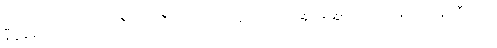
နီပွန်ဖေါင်ဒေးရှင်းနဲ့ ဒီကေဘီအေ ကလို့ထူးဘောအဖွဲ့၊ အဖွဲ့ရယ်၊ ကျနော်တို့ဝန်ကြီးရယ်